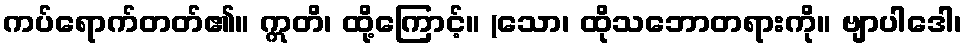
ကပ်ရောက်တတ်၏။ ဣတိ၊ ထို့ကြောင့်။ (သော၊ ထိုသဘောတရားကို။ ဗျာပါဒေါ၊